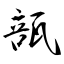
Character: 瓿